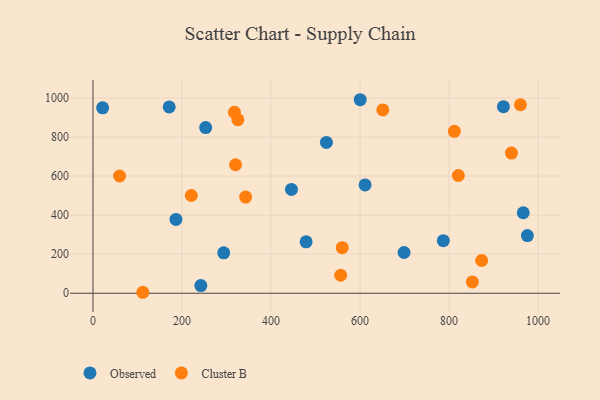
{"axis": {"x": "Engine Size", "y": "Profit"}, "legend": ["Cluster B", "Observed"], "data": [{"x": "975.9", "y": 295.4, "type": "Observed"}, {"x": "445.9", "y": 531.5, "type": "Observed"}, {"x": "698.9", "y": 208.7, "type": "Observed"}, {"x": "21.7", "y": 949.1, "type": "Observed"}, {"x": "922.1", "y": 955.0, "type": "Observed"}, {"x": "600.4", "y": 990.7, "type": "Observed"}, {"x": "611.3", "y": 554.5, "type": "Observed"}, {"x": "171.3", "y": 954.0, "type": "Observed"}, {"x": "186.4", "y": 377.9, "type": "Observed"}, {"x": "253.2", "y": 848.0, "type": "Observed"}, {"x": "478.8", "y": 263.1, "type": "Observed"}, {"x": "787.1", "y": 268.9, "type": "Observed"}, {"x": "524.4", "y": 772.1, "type": "Observed"}, {"x": "966.6", "y": 412.2, "type": "Observed"}, {"x": "293.7", "y": 207.2, "type": "Observed"}, {"x": "242.3", "y": 39.1, "type": "Observed"}, {"x": "820.9", "y": 602.8, "type": "Cluster B"}, {"x": "112.0", "y": 5.0, "type": "Cluster B"}, {"x": "940.1", "y": 717.6, "type": "Cluster B"}, {"x": "873.2", "y": 167.6, "type": "Cluster B"}, {"x": "59.8", "y": 600.3, "type": "Cluster B"}, {"x": "960.3", "y": 965.0, "type": "Cluster B"}, {"x": "556.5", "y": 92.2, "type": "Cluster B"}, {"x": "343.0", "y": 492.5, "type": "Cluster B"}, {"x": "220.9", "y": 500.5, "type": "Cluster B"}, {"x": "852.3", "y": 58.1, "type": "Cluster B"}, {"x": "325.6", "y": 888.7, "type": "Cluster B"}, {"x": "811.9", "y": 829.1, "type": "Cluster B"}, {"x": "320.3", "y": 657.7, "type": "Cluster B"}, {"x": "317.8", "y": 926.0, "type": "Cluster B"}, {"x": "651.2", "y": 938.5, "type": "Cluster B"}, {"x": "560.0", "y": 233.4, "type": "Cluster B"}]}